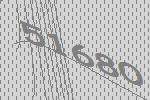
51680